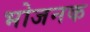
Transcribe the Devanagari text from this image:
भोजनक